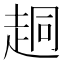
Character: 𫎴